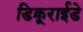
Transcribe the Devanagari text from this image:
डिक्रूराईडे